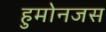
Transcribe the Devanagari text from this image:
हुमोनजस